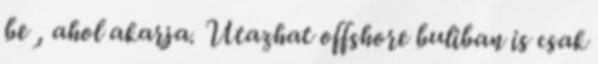
be , ahol akarja. Utazhat offshore buliban is csak